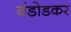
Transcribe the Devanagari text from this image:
बंडोडकर